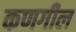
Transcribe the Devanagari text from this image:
कणगील